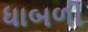
ધાબળી